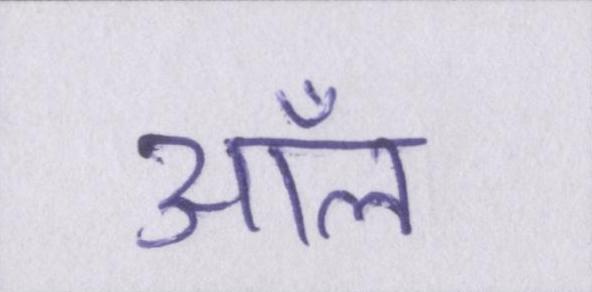
ऑल